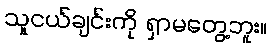
သူငယ်ချင်းကို ရှာမတွေ့ဘူး။